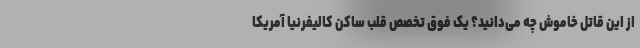
از این قاتل خاموش چه می‌دانید؟ یک فوق تخصص قلب ساکن کالیفرنیا آمریکا